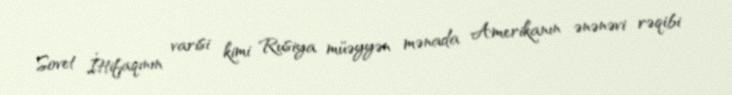
Sovet İttifaqının varisi kimi Rusiya müəyyən mənada Amerikanın ənənəvi rəqibi